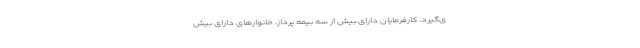
ی‌گیرد. کارفرمایان دارای بیش از سه بیمه پرداز، خانوارهای دارای بیش